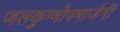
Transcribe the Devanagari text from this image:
जलकुम्भोपमार्जनी